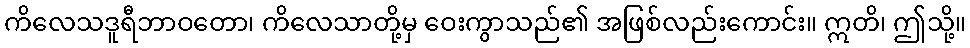
ကိလေသဒူရီဘာဝတော၊ ကိလေသာတို့မှ ဝေးကွာသည်၏ အဖြစ်လည်းကောင်း။ ဣတိ၊ ဤသို့။